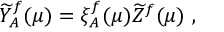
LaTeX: \widetilde { Y } _ { A } ^ { f } ( \mu ) = \xi _ { A } ^ { f } ( \mu ) \widetilde { Z } ^ { f } ( \mu ) \ ,